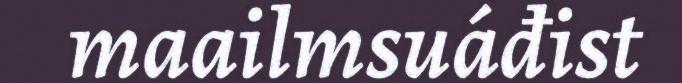
maailmsuáđist